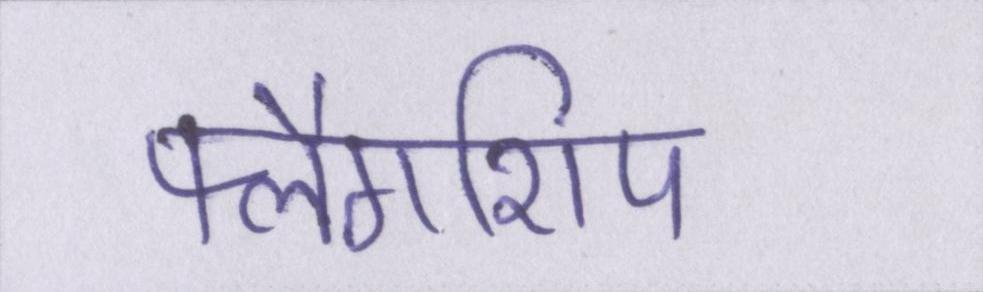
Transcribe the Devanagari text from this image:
फ्लैगशिप